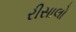
રીસાલો